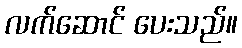
လက်ဆောင် ပေးသည်။